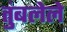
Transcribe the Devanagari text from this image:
तुंबलेले